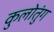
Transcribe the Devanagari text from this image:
कुलोतुंग